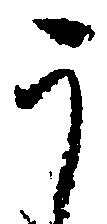
う